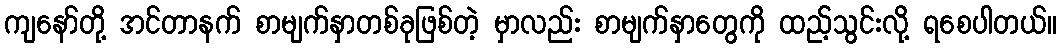
ကျနော်တို့ အင်တာနက် စာမျက်နှာတစ်ခုဖြစ်တဲ့ မှာလည်း စာမျက်နှာတွေကို ထည့်သွင်းလို့ ရစေပါတယ်။